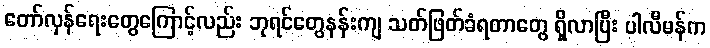
တော်လှန်ရေးတွေကြောင့်လည်း ဘုရင်တွေနန်းကျ သတ်ဖြတ်ခံရတာတွေ ရှိလာပြီး ပါလီမန်က